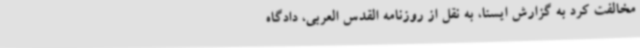
مخالفت کرد به گزارش ایسنا، به نقل از روزنامه القدس العربی، دادگاه